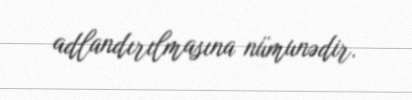
adlandırılmasına nümunədir.